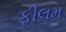
ફીલમ